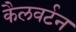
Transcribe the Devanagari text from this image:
कैलवर्टन